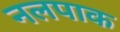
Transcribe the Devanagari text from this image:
नलपाक